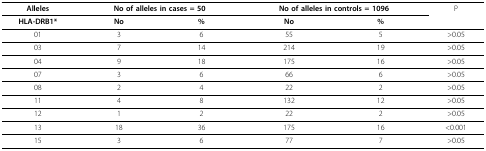
<table><thead><tr><td><b>Alleles</b></td><td colspan="2"><b>No of alleles in cases = 50</b></td><td colspan="2"><b>No of alleles in controls = 1096</b></td><td><b>P</b></td></tr><tr><td><b>HLA-DRB1*</b></td><td><b>No</b></td><td><b>%</b></td><td><b>No</b></td><td><b>%</b></td><td></td></tr></thead><tbody><tr><td>01</td><td>3</td><td>6</td><td>55</td><td>5</td><td>&gt;0.05</td></tr><tr><td>03</td><td>7</td><td>14</td><td>214</td><td>19</td><td>&gt;0.05</td></tr><tr><td>04</td><td>9</td><td>18</td><td>175</td><td>16</td><td>&gt;0.05</td></tr><tr><td>07</td><td>3</td><td>6</td><td>66</td><td>6</td><td>&gt;0.05</td></tr><tr><td>08</td><td>2</td><td>4</td><td>22</td><td>2</td><td>&gt;0.05</td></tr><tr><td>11</td><td>4</td><td>8</td><td>132</td><td>12</td><td>&gt;0.05</td></tr><tr><td>12</td><td>1</td><td>2</td><td>22</td><td>2</td><td>&gt;0.05</td></tr><tr><td>13</td><td>18</td><td>36</td><td>175</td><td>16</td><td>&lt;0.001</td></tr><tr><td>15</td><td>3</td><td>6</td><td>77</td><td>7</td><td>&gt;0.05</td></tr></tbody></table>